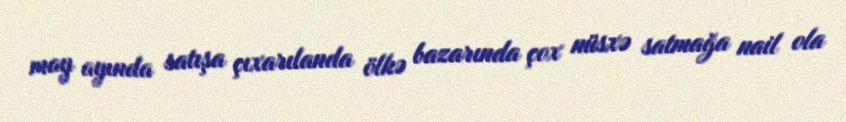
may ayında satışa çıxarılanda ölkə bazarında çox nüsxə satmağa nail ola